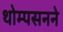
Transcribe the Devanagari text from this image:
थोम्पसनने